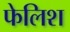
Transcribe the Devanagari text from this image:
फेलिश